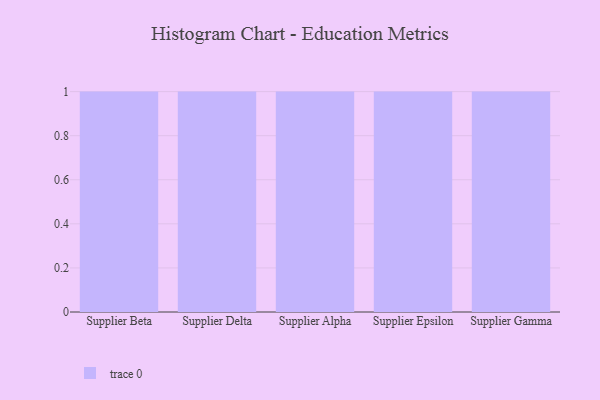
{"axis": {"x": "Supplier", "y": "Churn Rate (%)"}, "legend": [""], "data": [{"x": "Supplier Beta", "y": 85, "type": ""}, {"x": "Supplier Delta", "y": 29, "type": ""}, {"x": "Supplier Alpha", "y": 49, "type": ""}, {"x": "Supplier Epsilon", "y": 76, "type": ""}, {"x": "Supplier Gamma", "y": 58, "type": ""}]}